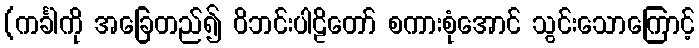
(ကင်္ခါကို အခြေတည်၍ ဝိဘင်းပါဠိတော် စကားစုံအောင် သွင်းသောကြောင့်